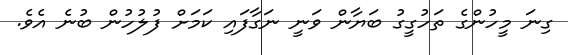
ގިނަ މީހުންގެ ތަހުގީގު ބަޔާން ވަނީ ނަގާފައި ކަމަށް ފުލުހުން ބުނެ އެވެ.